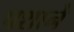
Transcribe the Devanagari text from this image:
पशाने